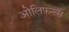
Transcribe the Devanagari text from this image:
ओलिफ़न्त्स